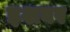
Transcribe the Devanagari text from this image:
इशवर